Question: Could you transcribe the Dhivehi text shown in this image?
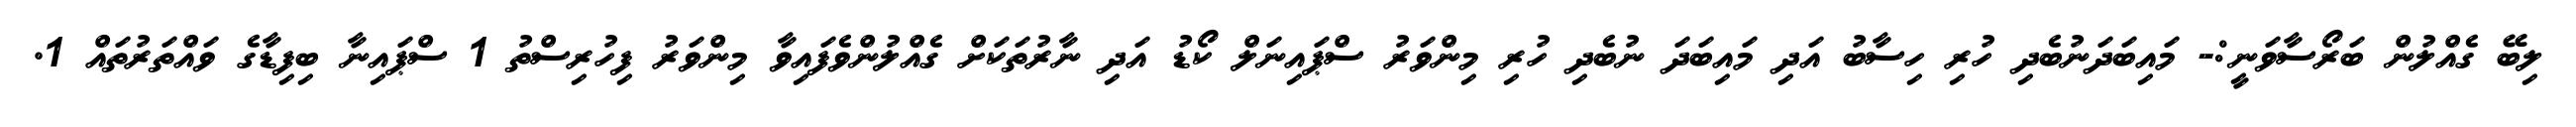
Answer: ލިބޭ ގެއްލުން ބަރޯސާވަނީ:- މައިބަދަނުބެދި ހުރި ހިސާބު އަދި މައިބަދަ ނުބެދި ހުރި މިންވަރު ސްޕައިނަލް ކޯޑު އަދި ނާރުތަކަށް ގެއްލުންވެފައިވާ މިންވަރު ފިހުރިސްތު 1 ސްޕައިނާ ބިފިޑާގެ ވައްތަރުތައް 1.